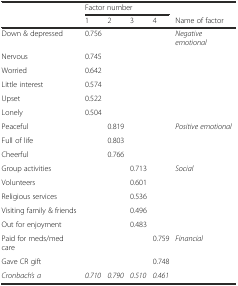
<table><thead><tr><td rowspan="2">[EMPTY_CELL]</td><td colspan="4"><b>Factor number</b></td><td>[EMPTY_CELL]</td></tr><tr><td><b>1</b></td><td><b>2</b></td><td><b>3</b></td><td><b>4</b></td><td><b>Name of factor</b></td></tr></thead><tbody><tr><td>Down &amp; depressed</td><td>0.756</td><td>[EMPTY_CELL]</td><td>[EMPTY_CELL]</td><td>[EMPTY_CELL]</td><td><i>Negative emotional</i></td></tr><tr><td>Nervous</td><td>0.745</td><td>[EMPTY_CELL]</td><td>[EMPTY_CELL]</td><td>[EMPTY_CELL]</td><td>[EMPTY_CELL]</td></tr><tr><td>Worried</td><td>0.642</td><td>[EMPTY_CELL]</td><td>[EMPTY_CELL]</td><td>[EMPTY_CELL]</td><td>[EMPTY_CELL]</td></tr><tr><td>Little interest</td><td>0.574</td><td>[EMPTY_CELL]</td><td>[EMPTY_CELL]</td><td>[EMPTY_CELL]</td><td>[EMPTY_CELL]</td></tr><tr><td>Upset</td><td>0.522</td><td>[EMPTY_CELL]</td><td>[EMPTY_CELL]</td><td>[EMPTY_CELL]</td><td>[EMPTY_CELL]</td></tr><tr><td>Lonely</td><td>0.504</td><td>[EMPTY_CELL]</td><td>[EMPTY_CELL]</td><td>[EMPTY_CELL]</td><td>[EMPTY_CELL]</td></tr><tr><td>Peaceful</td><td>[EMPTY_CELL]</td><td>0.819</td><td>[EMPTY_CELL]</td><td>[EMPTY_CELL]</td><td><i>Positive emotional</i></td></tr><tr><td>Full of life</td><td>[EMPTY_CELL]</td><td>0.803</td><td>[EMPTY_CELL]</td><td>[EMPTY_CELL]</td><td>[EMPTY_CELL]</td></tr><tr><td>Cheerful</td><td>[EMPTY_CELL]</td><td>0.766</td><td>[EMPTY_CELL]</td><td>[EMPTY_CELL]</td><td>[EMPTY_CELL]</td></tr><tr><td>Group activities</td><td>[EMPTY_CELL]</td><td>[EMPTY_CELL]</td><td>0.713</td><td>[EMPTY_CELL]</td><td><i>Social</i></td></tr><tr><td>Volunteers</td><td>[EMPTY_CELL]</td><td>[EMPTY_CELL]</td><td>0.601</td><td>[EMPTY_CELL]</td><td>[EMPTY_CELL]</td></tr><tr><td>Religious services</td><td>[EMPTY_CELL]</td><td>[EMPTY_CELL]</td><td>0.536</td><td>[EMPTY_CELL]</td><td>[EMPTY_CELL]</td></tr><tr><td>Visiting family &amp; friends</td><td>[EMPTY_CELL]</td><td>[EMPTY_CELL]</td><td>0.496</td><td>[EMPTY_CELL]</td><td>[EMPTY_CELL]</td></tr><tr><td>Out for enjoyment</td><td>[EMPTY_CELL]</td><td>[EMPTY_CELL]</td><td>0.483</td><td>[EMPTY_CELL]</td><td>[EMPTY_CELL]</td></tr><tr><td>Paid for meds/med care</td><td>[EMPTY_CELL]</td><td>[EMPTY_CELL]</td><td>[EMPTY_CELL]</td><td>0.759</td><td><i>Financial</i></td></tr><tr><td>Gave CR gift</td><td>[EMPTY_CELL]</td><td>[EMPTY_CELL]</td><td>[EMPTY_CELL]</td><td>0.748</td><td>[EMPTY_CELL]</td></tr><tr><td><i>Cronbach’s a</i></td><td><i>0.710</i></td><td><i>0.790</i></td><td><i>0.510</i></td><td><i>0.461</i></td><td>[EMPTY_CELL]</td></tr></tbody></table>